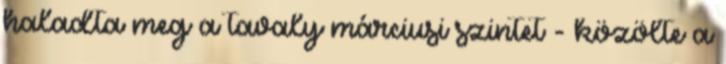
haladta meg a tavaly márciusi szintet - közölte a